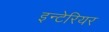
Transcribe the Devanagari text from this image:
इन्टेरियर